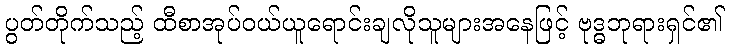
ပွတ်တိုက်သည့် ထီစာအုပ်ဝယ်ယူရောင်းချလိုသူများအနေဖြင့် ဗုဒ္ဓဘုရားရှင်၏